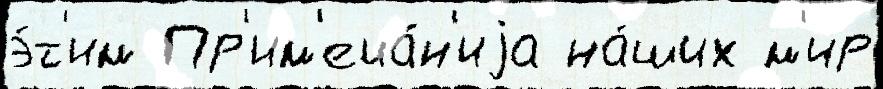
э́т'им Пр'им'еча́н'иjа на́ших м'ир